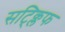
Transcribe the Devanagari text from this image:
सट्क्लिफ